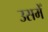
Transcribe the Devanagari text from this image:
उसमेँ